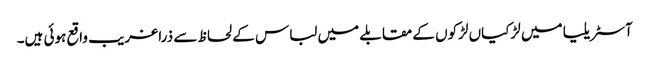
آسٹریلیا میں لڑکیاں لڑکوں کے مقابلے میں لباس کے لحاظ سے ذرا غریب واقع ہوئی ہیں۔